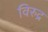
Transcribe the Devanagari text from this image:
विरुद्र